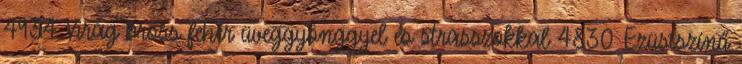
4934 Virág bross fehér üveggyönggyel és strasszokkal 4830 Ezüstszínű